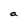
Character: a